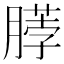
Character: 𫆲